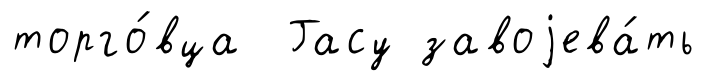
торго́вца Гасу завоjева́ть